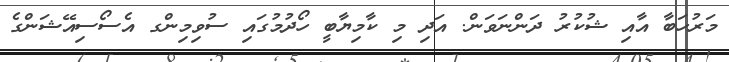
މަރުހަބާ އާއި ޝުކުރު ދަންނަވަން. އަދި މި ކާމިިޔާބީ ހޯދުމުގައި ސުވިމިންގ އެސޯސިއޭޝަންގެ